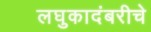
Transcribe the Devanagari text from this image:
लघुकादंबरीचे